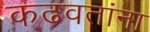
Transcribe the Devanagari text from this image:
कढवतांना